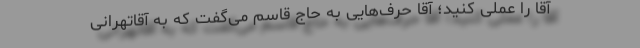
آقا را عملی کنید؛ آقا حرف‌هایی به حاج قاسم می‌گفت که به آقاتهرانی